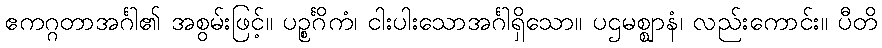
ဧကဂ္ဂတာအင်္ဂါ၏ အစွမ်းဖြင့်။ ပဉ္စင်္ဂိကံ၊ ငါးပါးသောအင်္ဂါရှိသော။ ပဌမစ္ဈာနံ၊ လည်းကောင်း။ ပီတိ